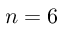
n = 6